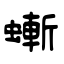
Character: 螹